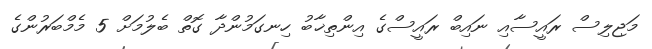
މަޖިލިސް ރައީސާއި ނައިބް ރައީސްގެ އިންތިޚާބު ހިނގަމުންދާ ގޮތް ބެލުމަށް 5 މެމްބަރުންގެ